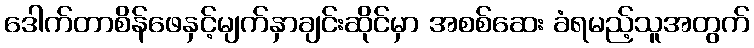
ဒေါက်တာစိန်ဖေနှင့်မျက်နှာချင်းဆိုင်မှာ အစစ်ဆေး ခံရမည့်သူအတွက်